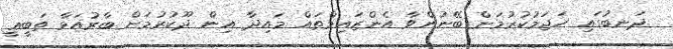
ދަނބުގައި ހަޖަމުކުރުމަށް ބޭނުންވާ އެންޒައިމްތައް މައިދާ އިން ދޫކުރުމަށް ބާރުއަޅާ ތަބީޢީ